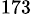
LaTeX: ^{173}